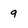
Character: 9